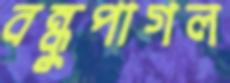
বন্ধুপাগল